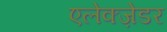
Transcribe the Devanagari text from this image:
एलेक्ज़ेडर